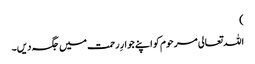
)
اللہ تعالی مرحوم کو اپنے جوارِ رحمت میں جگہ دیں۔